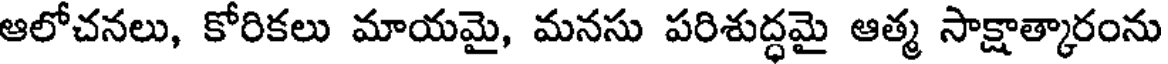
ఆలోచనలు, కోరికలు మాయమై, మనసు పరిశుద్ధమై ఆత్మ సాక్షాత్కారంను